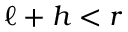
\ell + h < r